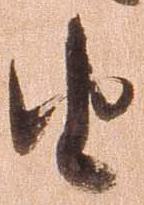
由